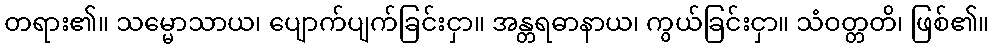
တရား၏။ သမ္မောသာယ၊ ပျောက်ပျက်ခြင်းငှာ။ အန္တရဓာနာယ၊ ကွယ်ခြင်းငှာ။ သံဝတ္တတိ၊ ဖြစ်၏။